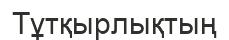
Тұтқырлықтың